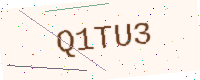
Text: Q1TU3